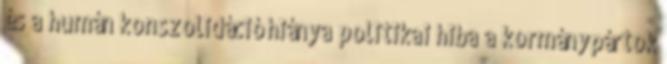
és a humán konszolidáció hiánya politikai hiba a kormánypártok